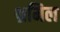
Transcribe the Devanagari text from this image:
भ्रमिल